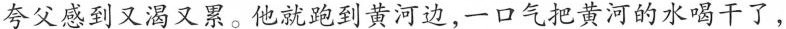
夸父感到又渴又累。他就跑到黄河边，一口气把黄河的水喝干了，